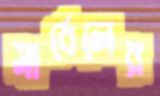
মার্বেলের